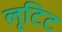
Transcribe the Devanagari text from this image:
लूटिट